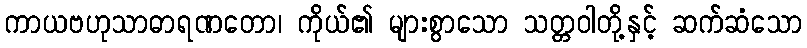
ကာယဗဟုသာဓာရဏတော၊ ကိုယ်၏ များစွာသော သတ္တဝါတို့နှင့် ဆက်ဆံသော